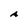
Character: A